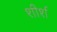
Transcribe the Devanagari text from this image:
शीर्श